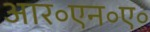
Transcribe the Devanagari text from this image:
आर॰एन॰ए॰